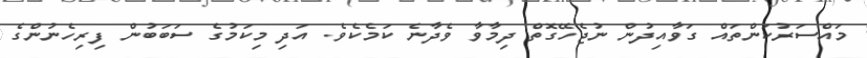
މައްސަރުކަންތައް ގަވާއިދުން ނުޖެހޭގޮތް ދިމާވާ ވެދާނެ ކަމެކެވެ. އަދި މިކަމުގެ ސަބަބުން ފިރިހެނުންގެ